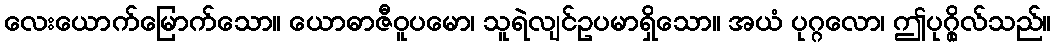
လေးယောက်မြောက်သော။ ယောဓာဇီဝူပမော၊ သူရဲလျင်ဥပမာရှိသော။ အယံ ပုဂ္ဂလော၊ ဤပုဂ္ဂိုလ်သည်။